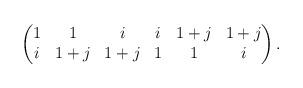
LaTeX: \begin{align*}\begin{pmatrix}1 & 1 & i & i & 1+j & 1+j\\i & 1+j & 1+j & 1 & 1 & i\end{pmatrix}.\end{align*}